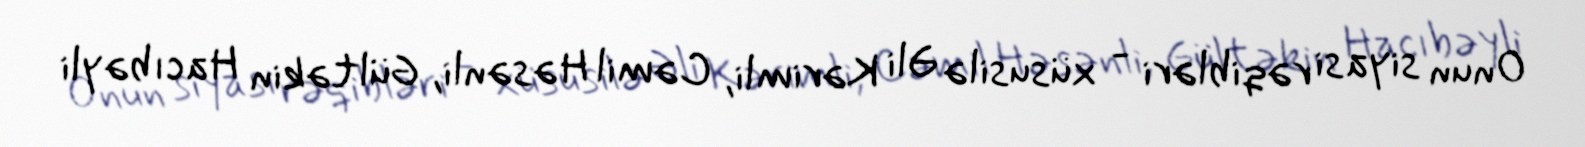
Onun siyasi rəqibləri - xüsusilə Əli Kərimli, Cəmil Həsənli, Gültəkin Hacıbəyli